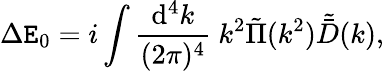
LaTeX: \Delta\mathtt{E}_{0}=i\int{\frac{{\mathrm{{d}}^{4}k}}{{(2\pi)^{4}}}}\ k^{2}\tilde{{\Pi}}(k^{2})\tilde{{\bar{{D}}}}(k),